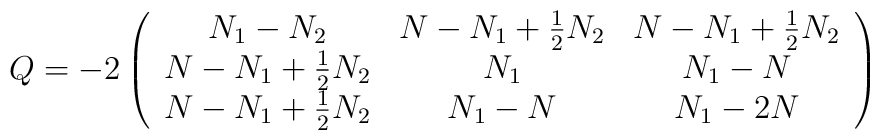
Q=-2\left( \begin{array}{ccc}N_1-N_2 & N-N_1+\frac 12N_2 & N-N_1+\frac 12N_2 \\ N-N_1+\frac 12N_2 & N_1 & N_1-N \\ N-N_1+\frac 12N_2 & N_1-N & N_1-2N\end{array}\right)